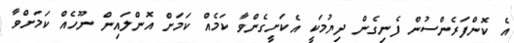
އެ ކޮންފަރެންސުން ފެނިގެން ދިޔުމަކީ އެކަށީގެންވާ ކަމެއް ކަމަށް އޮންލައިން ނޫހެއް ކަމަށްވާ